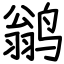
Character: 鹟